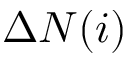
\Delta N ( i )